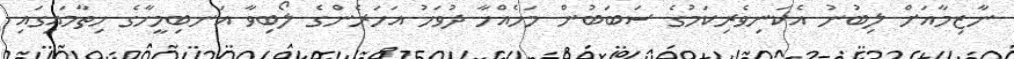
ނާޒިމާއަށް ލިބުނު އެކަނިވެރިކަމުގެ ސަބަބުން މަހެއްހާ ދުވަހު އަހަރެންގެ ލޯބިވާ އަނބިމީހާގެ ހިތާމައިގައި